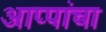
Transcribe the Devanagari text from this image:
आप्पांचा